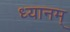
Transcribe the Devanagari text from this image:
ध्यानम्